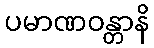
ပမာဏဝန္တာနိ